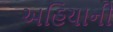
અહિયાની